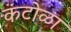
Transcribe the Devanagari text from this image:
कंटोळा